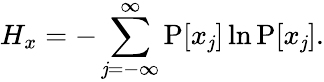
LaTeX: H_{x}=-\sum_{\mathit{j}=-\infty}^{\infty}\operatorname{P}[x_{\mathit{j}}]\ln\operatorname{P}[x_{\mathit{j}}].